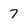
Character: 7